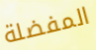
المفضلة